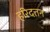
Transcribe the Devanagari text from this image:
हरिदत्तन